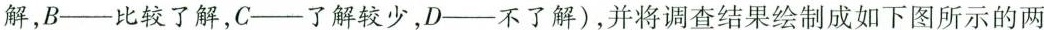
解，B——比较了解，C——了解较少，D——不了解)，并将调查结果绘制成如下图所示的两